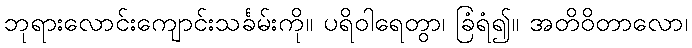
ဘုရားလောင်းကျောင်းသင်္ခမ်းကို။ ပရိဝါရေတွာ၊ ခြံရံ၍။ အတိဝိတာလော၊